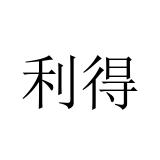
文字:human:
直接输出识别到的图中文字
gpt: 利得